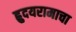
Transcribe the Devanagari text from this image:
ह्रुदयरामाचा